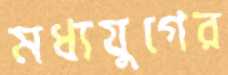
মধ্যযুগের